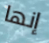
إنها